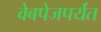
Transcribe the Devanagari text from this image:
वेबपेजपर्यंत